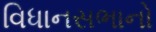
વિધાનસભાનો